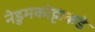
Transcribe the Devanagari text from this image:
नेडुमकोट्टाकडे